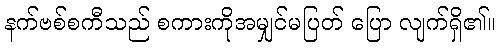
နက်ဗစ်စကီသည် စကားကိုအမျှင်မပြတ် ပြော လျက်ရှိ၏။